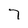
Character: 7